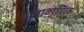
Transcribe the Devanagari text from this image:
वातावरणिक